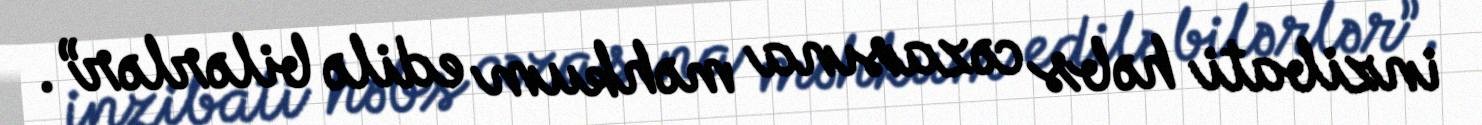
inzibati həbs cəzasına məhkum edilə bilərlər”.